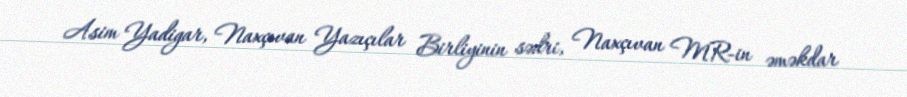
Asim Yadigar, Naxçıvan Yazıçılar Birliyinin sədri, Naxçıvan MR-in əməkdar